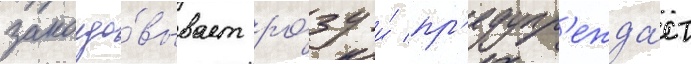
заколдо́вывает ро́зу и́ пр'едупр'ежда́ет